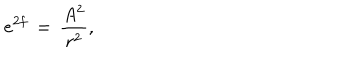
LaTeX: e ^ { 2 f } \, = \, \frac { A ^ { 2 } } { r ^ { 2 } } ,